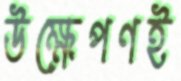
উক্ষেপণই